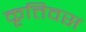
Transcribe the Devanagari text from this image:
कृत्तिवस